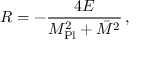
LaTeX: R = - \frac { 4 { \cal E } } { M _ { \mathrm { P l } } ^ { 2 } + \bar { M } ^ { 2 } } \, ,